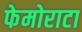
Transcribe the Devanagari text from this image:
फेमोराटा